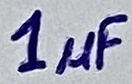
Text: 1µF